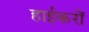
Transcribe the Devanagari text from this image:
हाईकरों